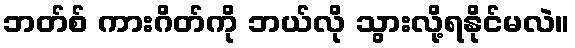
ဘတ်စ် ကားဂိတ်ကို ဘယ်လို သွားလို့ရနိုင်မလဲ။